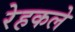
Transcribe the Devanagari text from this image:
रेहकले